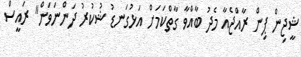
ޝީޖިން ޕިން ރާއްޖެއާ މެދު ބާއްވާ ގާތްކަމަށް އަޅުގަނޑު ޝުކުރު ދަންނަވަން" ރައީސް